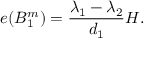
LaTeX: e ( B _ { 1 } ^ { m } ) = { \frac { \lambda _ { 1 } - \lambda _ { 2 } } { d _ { 1 } } } H .